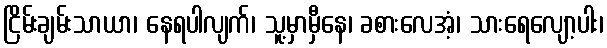
ငြိမ်းချမ်းသာယာ၊ နေရပါလျက်၊ သူ့မှာမှီနေ၊ ခစားလေအံ့၊ သားရေလျော့ပါး၊